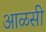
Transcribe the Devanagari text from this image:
आळसी